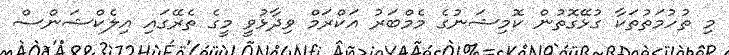
މި ތުހުމަތުތަކާ ގުޅޭގޮތުން ކޮމިޝަނުގެ މެމްބަރު އަކްރަމް ވިދާޅުވީ މީގެ ތެރޭގައި އިލެކްޝަންސް